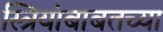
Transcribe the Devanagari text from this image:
स्त्रियांबाबतच्या